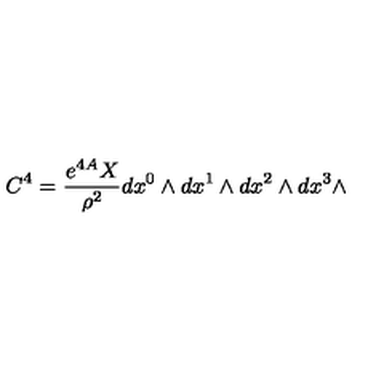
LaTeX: C ^ { 4 } = { \frac { e ^ { 4 A } X } { \rho ^ { 2 } } } d x ^ { 0 } \wedge d x ^ { 1 } \wedge d x ^ { 2 } \wedge d x ^ { 3 } \wedge